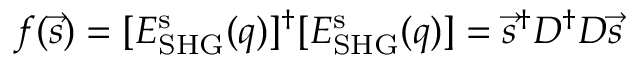
f ( \vec { s } ) = [ E _ { \mathrm { S H G } } ^ { \mathrm { s } } ( \v q ) ] ^ { \dagger } [ E _ { \mathrm { S H G } } ^ { \mathrm { s } } ( \v q ) ] = \vec { s } ^ { \dagger } D ^ { \dagger } D \vec { s }